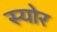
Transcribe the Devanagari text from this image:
स्योर